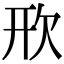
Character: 㰢